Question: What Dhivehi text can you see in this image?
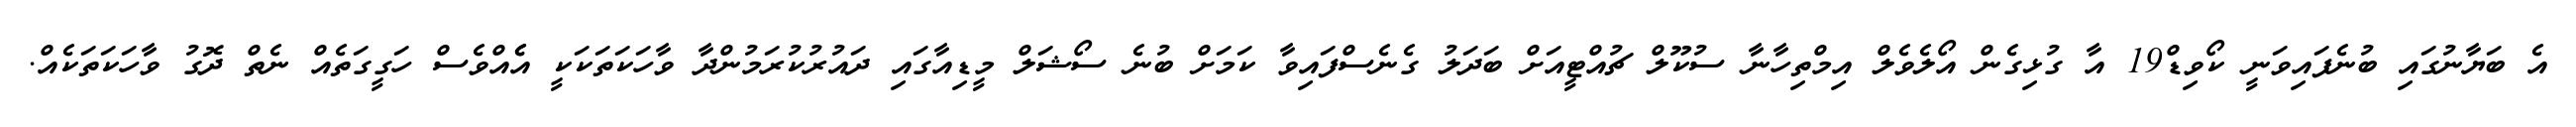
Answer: އެ ބަޔާނުގައި ބުނެފައިވަނީ ކޯވިޑް19 އާ ގުޅިގެން އޯލެވެލް އިމްތިހާނާ ސުކޫލް ޗުއްޓީއަށް ބަދަލު ގެނެސްފައިވާ ކަމަށް ބުނެ ސޯޝަލް މީޑިއާގައި ދައުރުކުރަމުންދާ ވާހަކަތަކަކީ އެެއްވެސް ހަގީގަތެއް ނެތް ދޮގު ވާހަކަތަކެއް.